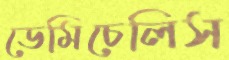
ডেমিচেলিস